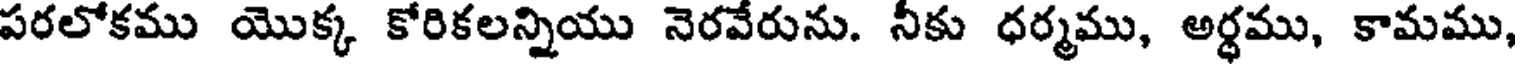
పరలోకము యొక్క కోరికలన్నియు నెరవేరును. నీకు ధర్మము, అర్థము, కామము,